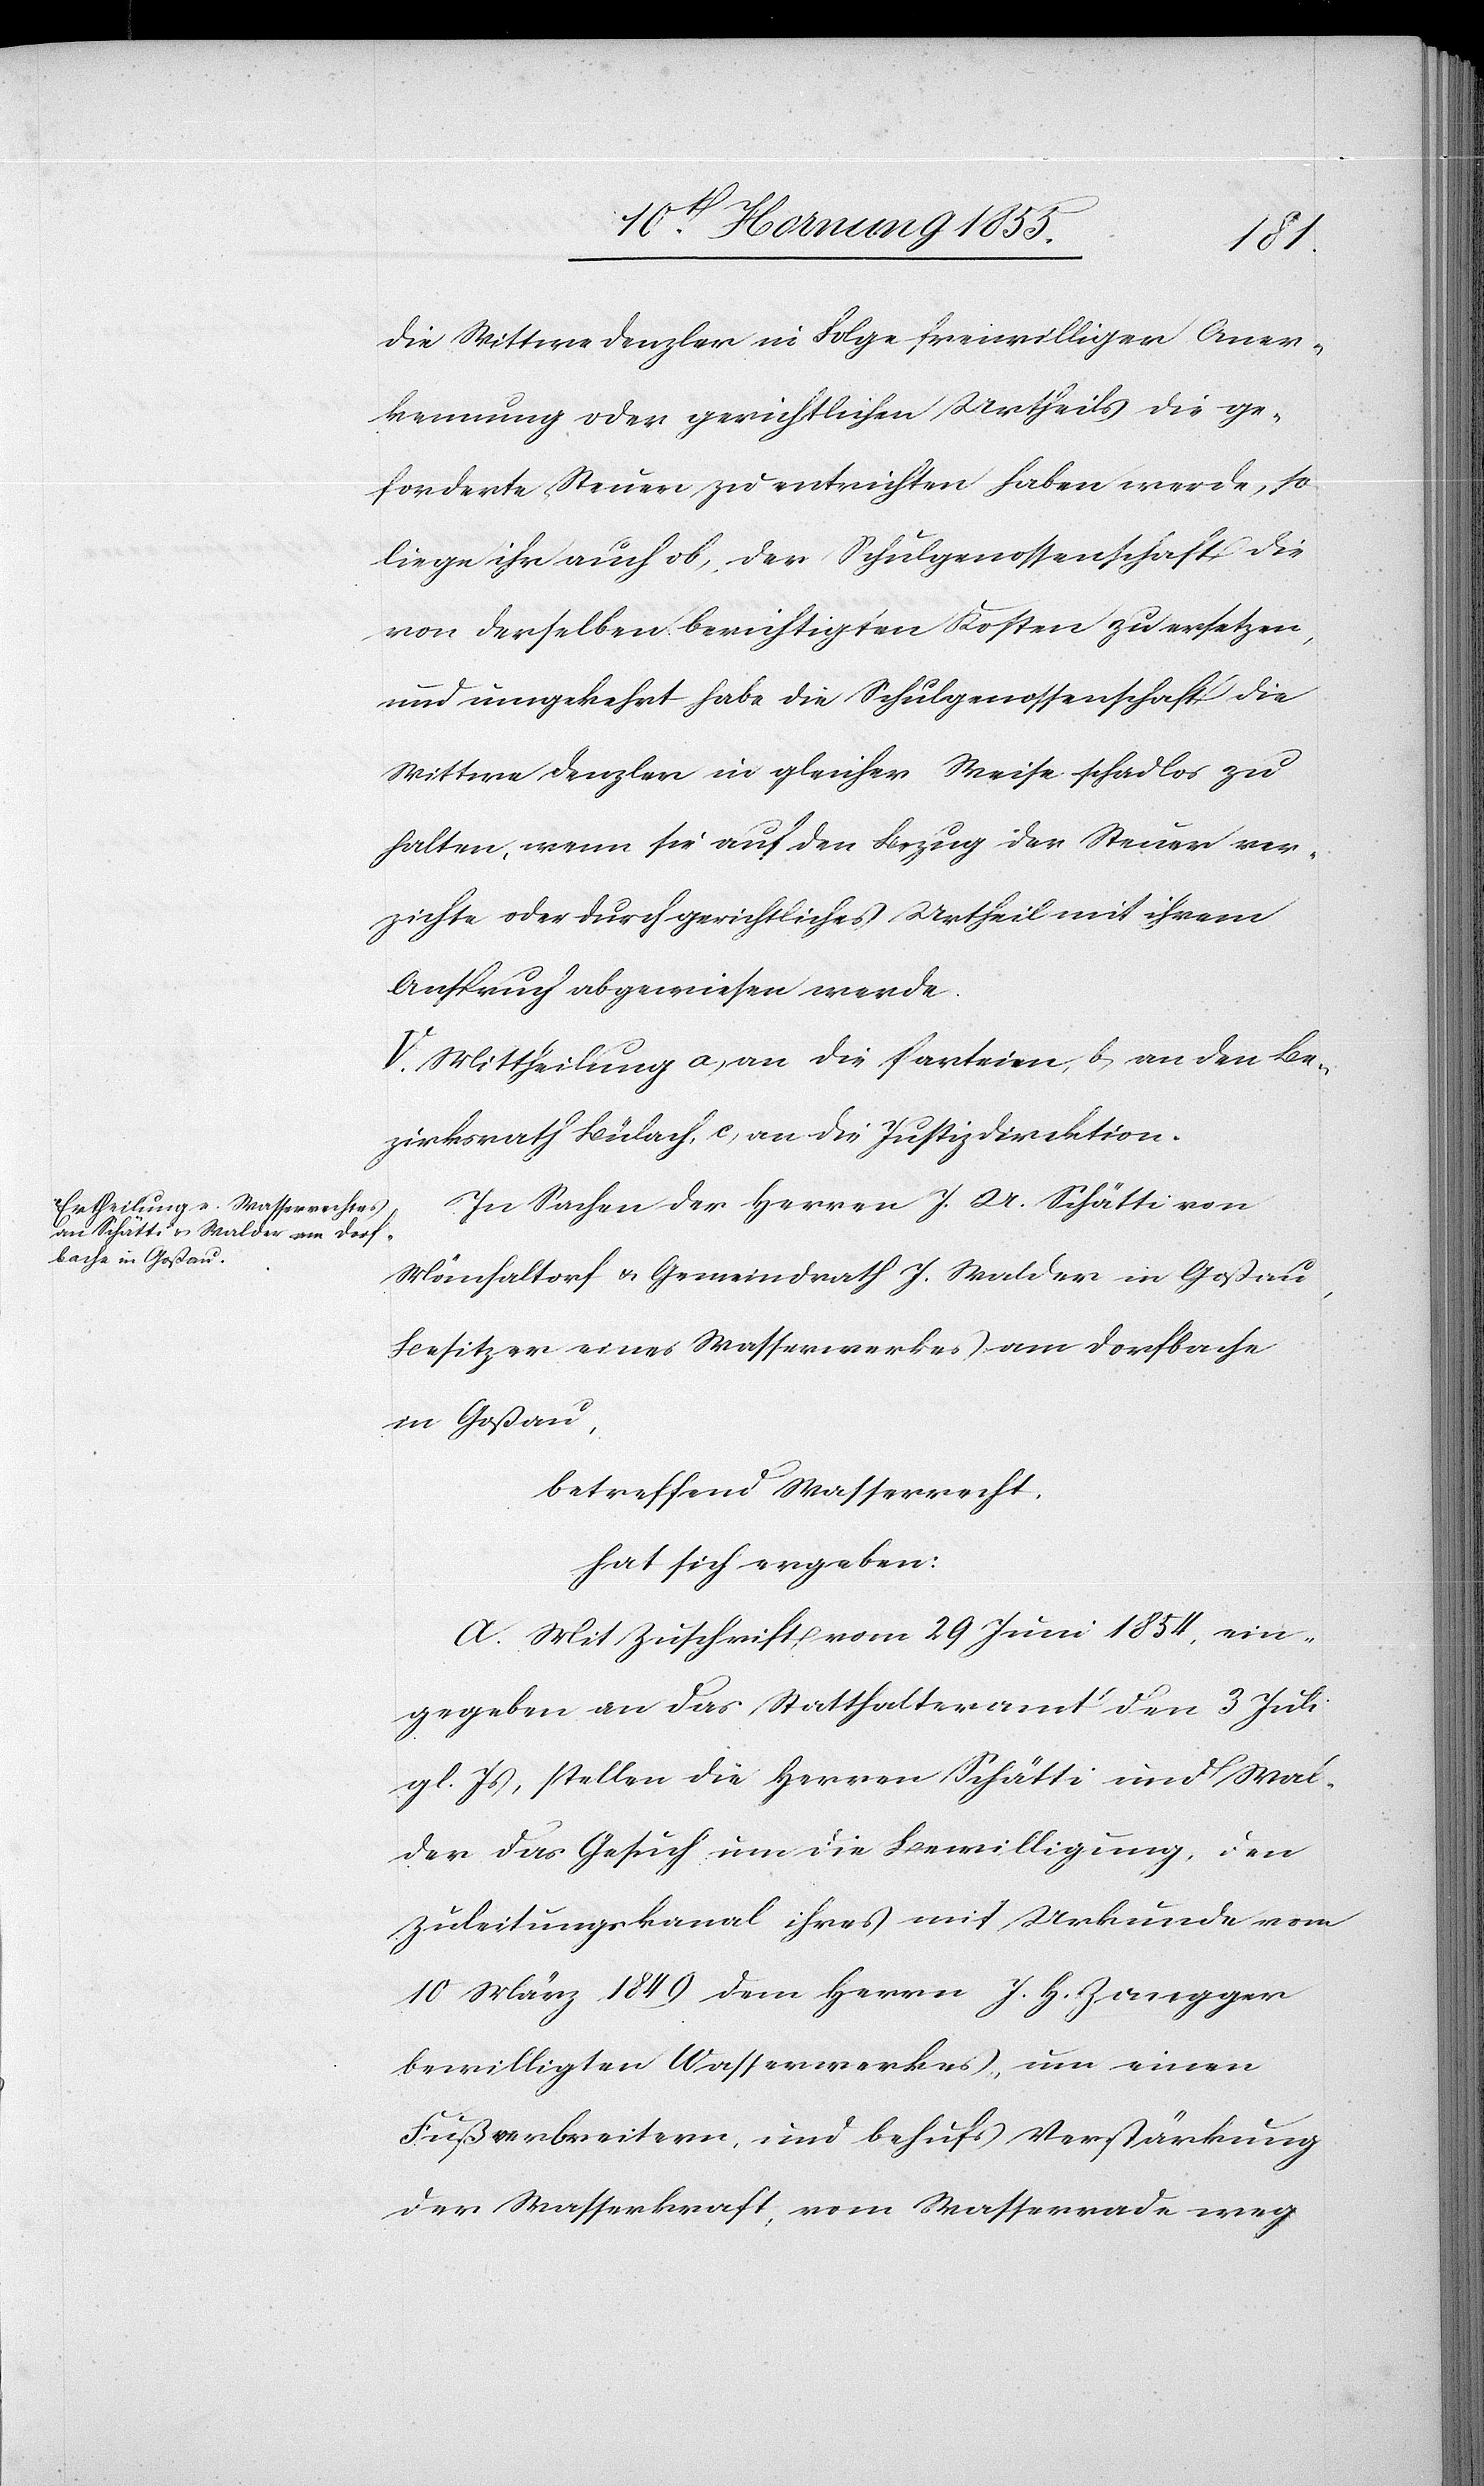
die Wittwe Denzler in Folge freiwilliger Aner¬
kennung oder gerichtlichen Urtheils die ge¬
forderte Steuer zu entrichten haben werde, so
liege ihr auch ob, der Schulgenossenschaft die
von derselben berichtigten Kosten zu ersetzen,
und umgekehrt habe die Schulgenossenschaft die
Wittwe Denzler in gleicher Weise schadlos zu
halten, wenn sie auf den Bezug der Steuer ver¬
zichte oder durch gerichtliches Urtheil mit ihrem
Anspruch abgewiesen werde.
V. Mittheilung a, an die Parteien, b, an den Be¬
zirksrath Bülach, c, an die Justizdirektion.
In Sachen der Herren J. U. Schätti von
Mönchaltorf & Gemeindrath J. Walder in Goßau,
Besitzer eines Wasserwerkes am Dorfbache
in Goßau,
betreffend Wasserrecht,
hat sich ergeben:
A. Mit Zuschrift vom 29 Juni 1854, ein¬
gegeben an das Statthalteramt den 3 Juli
gl. Js, stellen die Herren Schätti und Wal¬
der das Gesuch um die Bewilligung, den
Zuleitungskanal ihres mit Urkunde vom
10 März 1849 dem Herrn J. H. Zangger
bewilligten Wasserwerkes, um einen
Fuß verbreitern, und behufs Verstärkung
der Wasserkraft, vom Wasserrade weg